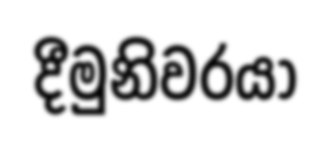
දීමුනිවරයා